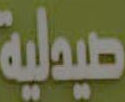
صيدلية